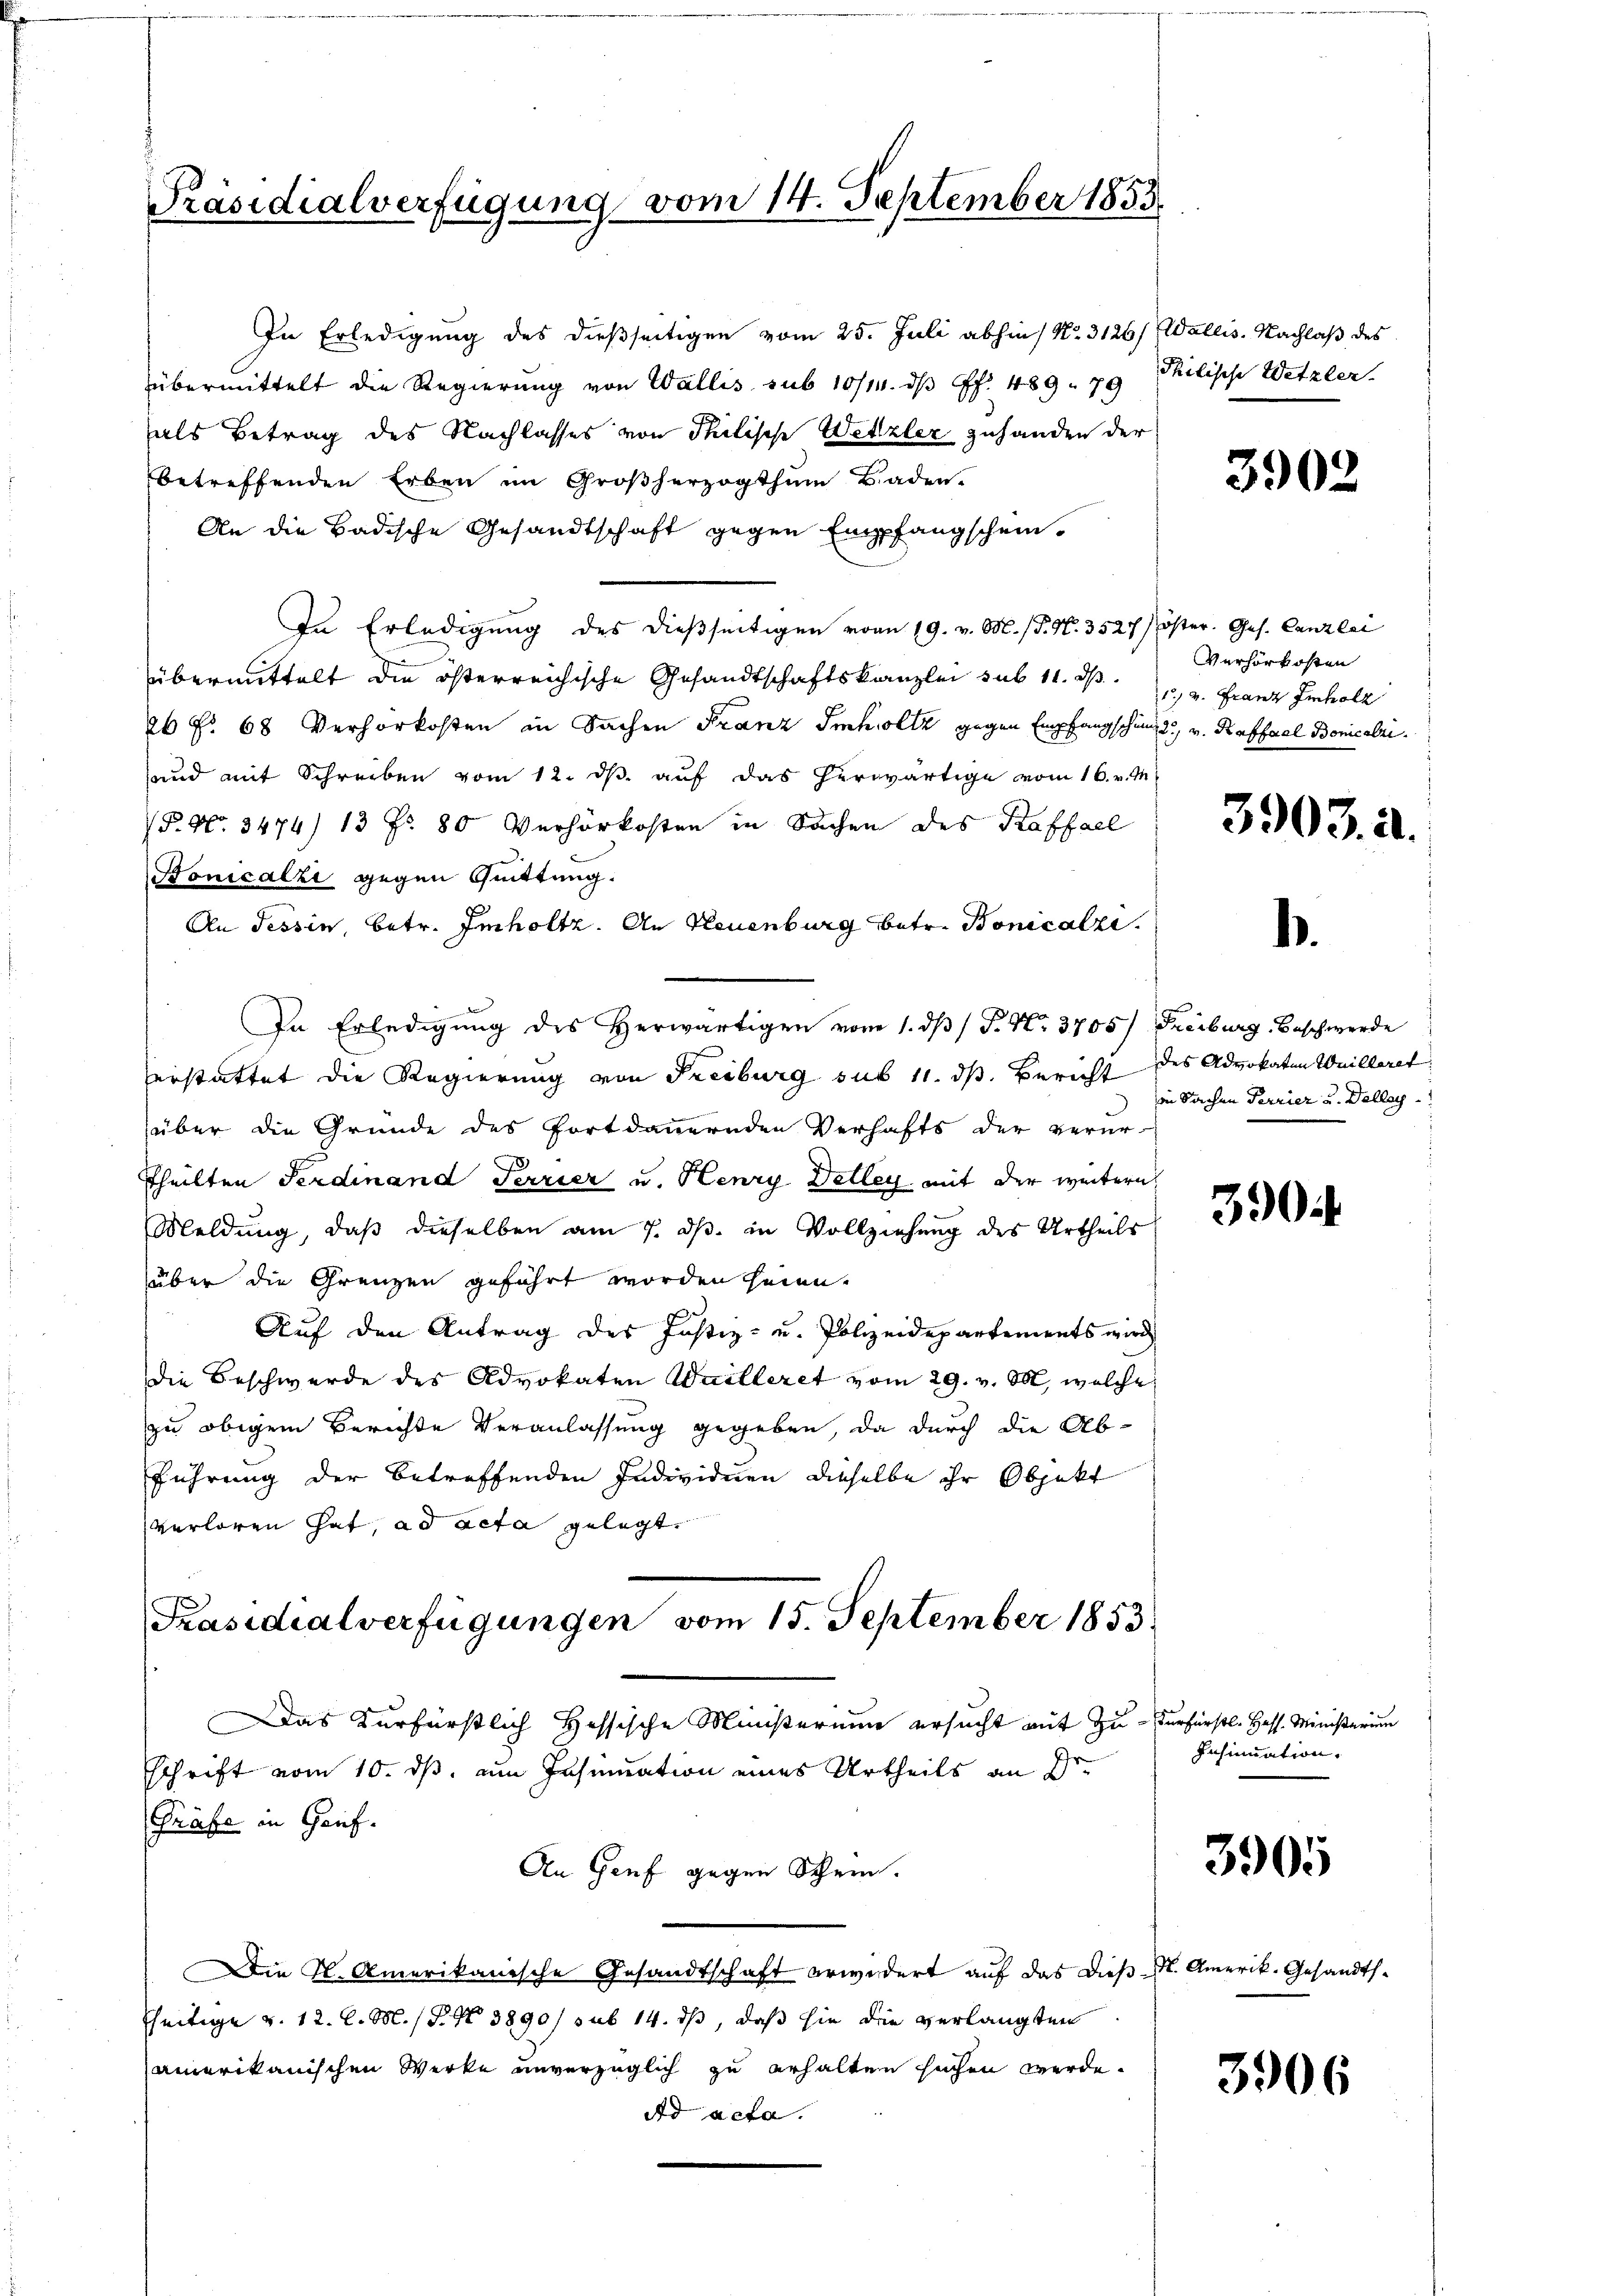
Präsidialverfügung vom 14. September 1853

[Präsidialverfügungen vom 15. September 1853.
Das Kurfürstlich Hessische Ministerium ersucht mit zu erfürstl. Hess. Ministerium

In Erledigung des dießseitigen vom 25. Juli abhin No. 3126/ Wallis. Nachlaß des
übermittelt die Regierung von Wallis sub 10/14. dβ f. 489. 79
als Betrag des Nachlasses von Philische Wetzler zuhanden der
betreffenden Erben im Großherzogthum Baden.
An die Badische Gesandtschaft gegen Empfangschein-
In Erledigung des dießseitigen vom 19. v. M. (T. N. 3527/ öster. Ges. Canzlei
übermittelt die österreichische Gesandtschaftskanzlei sub 11. ds.
2 No 68 Verhörkosten in Sachen Franz Imholz gegen Empfangschung, v. Kraffael Bonicali
und mit Schreiben vom 12. ds. auf das herwärtige vom 16. v. M.
P. Nr. 3474) 13 Fr. 80 Verhörkosten in Sachen des Kaffall
Bonicalzi gegen Quittung.
An Tessin, betr. Imholtz. An Neuenburg betr. Bonicalzi
In Erledigŭng des herwärtigen vom 1. dβ / P. Nr. 3705) Freiburg, Beschwerde
erstattet die Regierung von Freiburg sub 11. ds. Bericht des Advokaten Wuilleret.
über die Gründe des fortdauernden Verhafts der verur-
75
Theilten Ferdinand Terrier u. Henry Detley, mit der weitern,
Meldung, daß dieselben am 7. ds. in Vollziehung des Urtheils
über die Grenzen geführt worden heien,
Auf den Antrag des Justiz- u. Polizeidepartements wird
die Beschwerde des Advokaten Wailleret vom 29. v. M., welche
zu obigem Berichte Veranlassung gegeben, da durch die Ab-
führung der betreffenden Individuen dieselbe ihr Objekt
verloren hat, ad acta gelegt,

schrift vom 10. ds. zum Insinuation eines Urtheils an Sr.
Präfe in Genf.
An Genf gegen Schein.
Die K. Amerikanische Gesandtschaft erwidert auf das dieß M. Amerik. Gesandtshheitige v. 12. l. M. P. Nr. 3890/ sub 14. ds, daß sie die verlangten
amerikanischen Werke unverzüglich zu erhalten sachen werde.
Ad acta.

Philische Wetzler.

3902

Verhörkosten
1. v. Franz Imholz

3903. a.

.

in Sachen Terrier u. Delley

30

Insinuation.

3905

3906